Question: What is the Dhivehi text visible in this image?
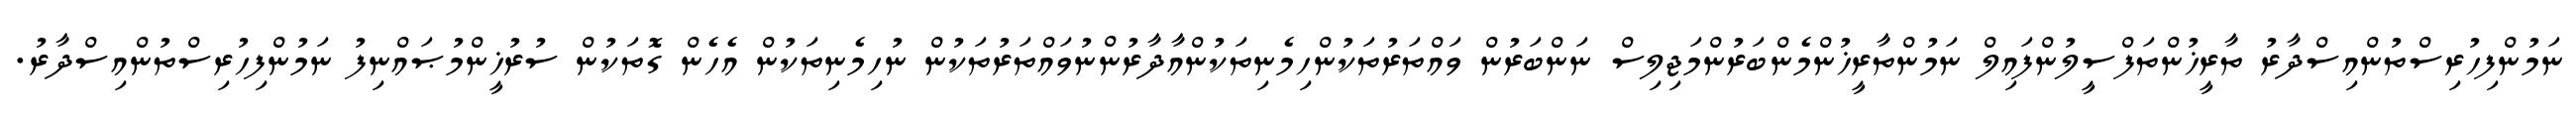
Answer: ނަމުންފިހުރިސްތުންއިސްދާރު ތާރީޚުންތަފްސީލުންފައިލް ނަމުންތާރީޚުންމެންބަރުންމަޖިލިސް ނަންބަރުން ވައްތަރުތަކުންހިމެނިތަކުންއާދާރުންނުވައްތަރުތަކުން ނުހިމެނިތަކުން އެހެން ގޮތަކުން ސުރުޚީންމުޞައްނިފު ނަމުންފިހުރިސްތުންއިސްދާރު.